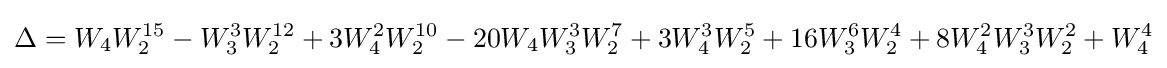
\Delta =W_{4}W_{2}^{15}-W_{3}^{3}W_{2}^{12}+3W_{4}^{2}W_{2}^{10}-20W_{4}W_{3}^{3}W_{2}^{7}+3W_{4}^{3}W_{2}^{5}+16W_{3}^{6}W_{2}^{4}+8W_{4}^{2}W_{3}^{3}W_{2}^{2}+W_{4}^{4}